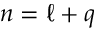
n = \ell + q